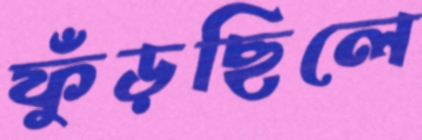
ফুঁড়ছিলে